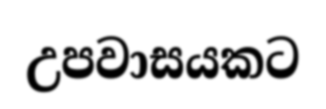
උපවාසයකට